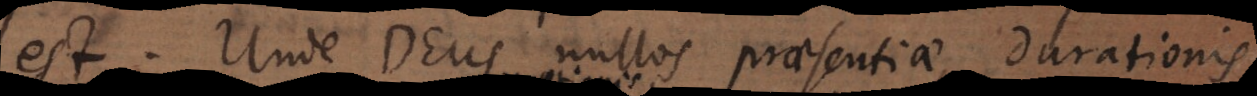
est. Unde Deus nullos praesentiae, durationis,